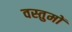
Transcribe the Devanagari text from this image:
वस्तुमों